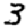
Digit: 3